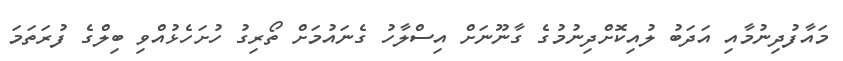
މައާފުދިނުމާއި އަދަބު ލުއިކޮށްދިނުމުގެ ގާނޫނަށް އިސްލާހު ގެނައުމަށް ތޯރިގު ހުށަހެޅުއްވި ބިލްގެ ފުރަތަމަ